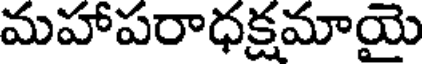
మహాపరాధక్షమాయై